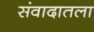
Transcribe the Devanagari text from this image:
संवादातला